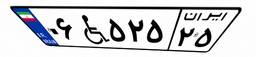
۱۶W۶۲۷۷۵